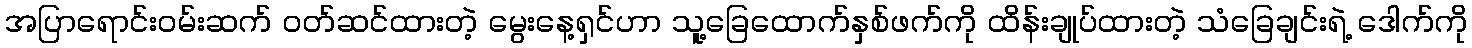
အပြာရောင်းဝမ်းဆက် ဝတ်ဆင်ထားတဲ့ မွေးနေ့ရှင်ဟာ သူ့ခြေထောက်နှစ်ဖက်ကို ထိန်းချုပ်ထားတဲ့ သံခြေချင်းရဲ့ ဒေါက်ကို